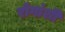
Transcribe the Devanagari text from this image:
रोगांशी